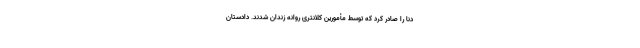
دنا را صادر کرد که توسط مأمورین کلانتری روانه زندان شدند. دادستان